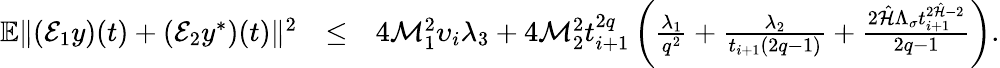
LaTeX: \begin{array}{rlr}{\mathbb{E}\| ({\cal E}_{1}y)(t)+({\cal E}_{2}y^{*})(t)\| ^{2}}&{\leq}&{4{\cal M}_{1}^{2}\upsilon_{i}\lambda_{3}+4{\cal M}_{2}^{2}{t}_{i+1}^{2q}\left(\frac{\lambda_{1}}{q^{2}}+\frac{\lambda_{2}}{t_{i+1}(2q-1)}+\frac{2\hat{\cal H}\Lambda_{\sigma}t_{i+1}^{2\hat{\cal H}-2}}{2q-1}\right).}\end{array}